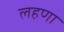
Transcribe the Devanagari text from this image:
लहणा